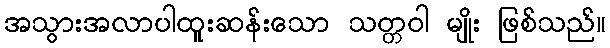
အသွားအလာပါထူးဆန်းသော သတ္တဝါ မျိုး ဖြစ်သည်။